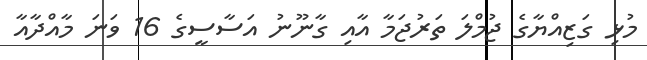
މުޅި ގަޒިއްޔާގެ ޖުމްލަ ތަރުޖަމާ އާއި ގާނޫނު އަސާސީގެ 16 ވަނަ މާއްދާއާ